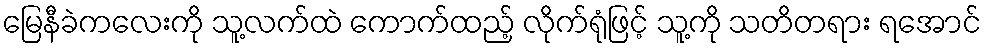
မြေနီခဲကလေးကို သူ့လက်ထဲ ကောက်ထည့် လိုက်ရုံဖြင့် သူ့ကို သတိတရား ရအောင်